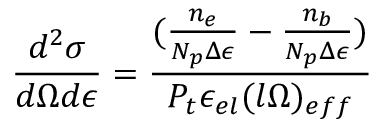
\frac { d ^ { 2 } \sigma } { d \Omega d \epsilon } = \frac { ( \frac { n _ { e } } { N _ { p } \Delta \epsilon } - \frac { n _ { b } } { N _ { p } \Delta \epsilon } ) } { P _ { t } \epsilon _ { e l } ( l \Omega ) _ { e f f } }